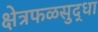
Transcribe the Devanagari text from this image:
क्षेत्रफळसुद्धा